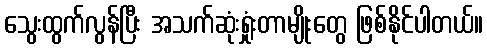
သွေးထွက်လွန်ပြီး အသက်ဆုံးရှုံးတာမျိုးတွေ ဖြစ်နိုင်ပါတယ်။